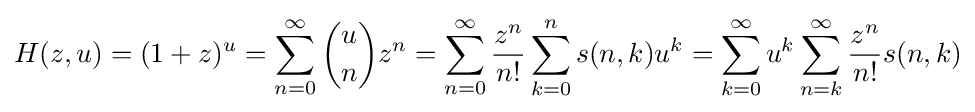
H(z,u)=(1+z)^{u}=\sum _{n=0}^{\infty }{u \choose n}z^{n}=\sum _{n=0}^{\infty }{\frac {z^{n}}{n!}}\sum _{k=0}^{n}s(n,k)u^{k}=\sum _{k=0}^{\infty }u^{k}\sum _{n=k}^{\infty }{\frac {z^{n}}{n!}}s(n,k)